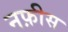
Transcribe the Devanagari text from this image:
नफ़ीस